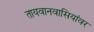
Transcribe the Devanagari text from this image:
तायवानवासियांवर